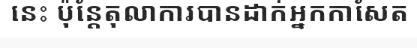
នេះ ប៉ុន្តែតុលាការបានដាក់អ្នកកាសែត